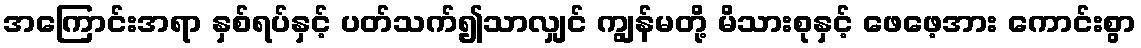
အကြောင်းအရာ နှစ်ရပ်နှင့် ပတ်သက်၍သာလျှင် ကျွန်မတို့ မိသားစုနှင့် ဖေဖေ့အား ကောင်းစွာ